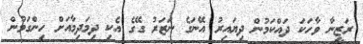
ރަޒީނާ ވާހަކަ ދައްކަމުން ދިޔައިރު އޭނަގެ ނަޒަރު ގޭގެ އެކި ދިމަދިމާއަށް ހިންގަމުން